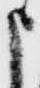
申